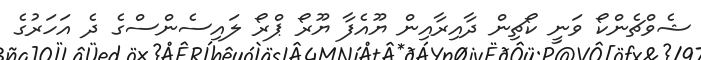
ޝެވްޗެންކޯ ވަނީ ކޯޗިން ދާއިރާއިން ޔޫއެފާ ޔޫރޯ ޕްރޯ ލައިސެންސްގެ ދެ އަހަރުގެ